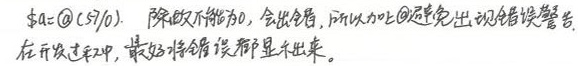
$a = @(5/0).$ 表示除数不能为0，会出错，所以以上@运算会出现错误警告。在开发过程中，最好将错误都显示出来。